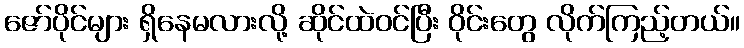
ဇော်ပိုင်များ ရှိနေမလားလို့ ဆိုင်ထဲဝင်ပြီး ဝိုင်းတွေ လိုက်ကြည့်တယ်။